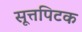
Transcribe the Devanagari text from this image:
सूत्तपिटक